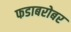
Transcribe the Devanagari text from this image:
फडाबरोबर